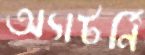
অ্যাটর্নি